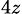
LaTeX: _{4z}